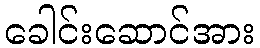
ခေါင်းဆောင်အား